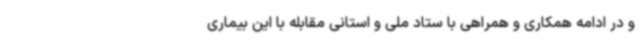
و در ادامه همکاری و همراهی با ستاد ملی و استانی مقابله با این بیماری